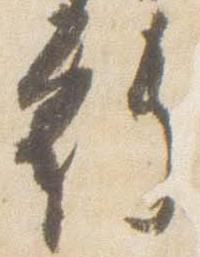
行